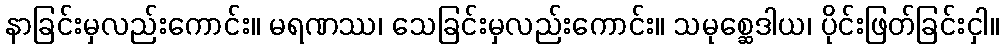
နာခြင်းမှလည်းကောင်း။ မရဏဿ၊ သေခြင်းမှလည်းကောင်း။ သမုစ္ဆေဒါယ၊ ပိုင်းဖြတ်ခြင်းငှါ။